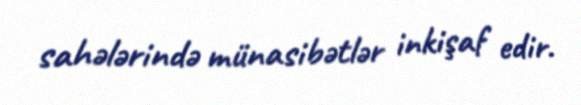
sahələrində münasibətlər inkişaf edir.